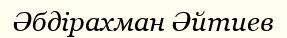
Әбдірахман Әйтиев